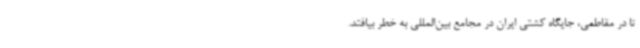
تا در مقاطعی، جایگاه کشتی ایران در مجامع بین‌المللی به خطر بیافتد.